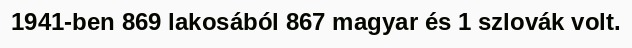
1941-ben 869 lakosából 867 magyar és 1 szlovák volt.